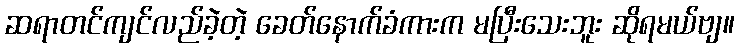
ဆရာတင်ကျင်လည်ခဲ့တဲ့ ခေတ်နောက်ခံကားက မပြီးသေးဘူး ဆိုရမယ်ဗျ။